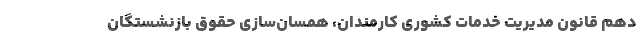
دهم قانون مدیریت خدمات کشوری کارمندان، همسان‌سازی حقوق بازنشستگان